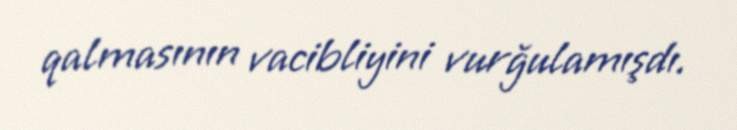
qalmasının vacibliyini vurğulamışdı.